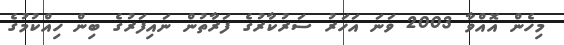
މިހެން އޮއްވާ 2003 ވަނަ އަހަރު ސަރުކާރުގެ ފަރާތުން ނައިފަރުގެ ބިން ހިއްކުމުގެ